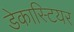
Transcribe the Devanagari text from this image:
डेकास्टियर